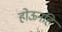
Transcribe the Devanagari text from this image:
होऊनहि